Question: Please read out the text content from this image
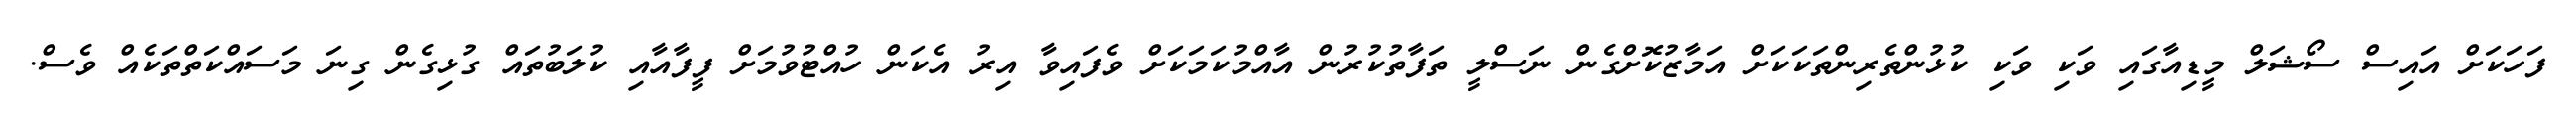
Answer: ފަހަކަށް އައިސް ސޯޝަލް މީޑިއާގައި ވަކި ވަކި ކުޅުންތެރިންތަކަކަށް އަމާޒުކޮށްގެން ނަސްލީ ތަފާތުކުރުން އާއްމުކަމަކަށް ވެފައިވާ އިރު އެކަން ހުއްޓުވުމަށް ފީފާއާއި ކުލަބުތައް ގުޅިގެން ގިނަ މަސައްކަތްތަކެއް ވެސް.